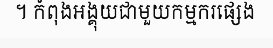
។ កំពុងអង្គុយជាមួយកម្មករផ្សេង